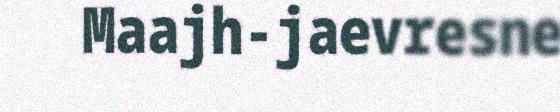
Maajh-jaevresne